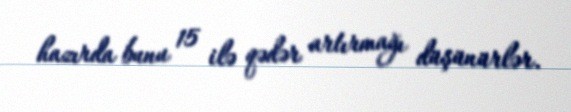
hazırda bunu 15 ilə qədər artırmağı düşünürlər.